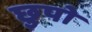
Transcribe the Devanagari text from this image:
छुपो